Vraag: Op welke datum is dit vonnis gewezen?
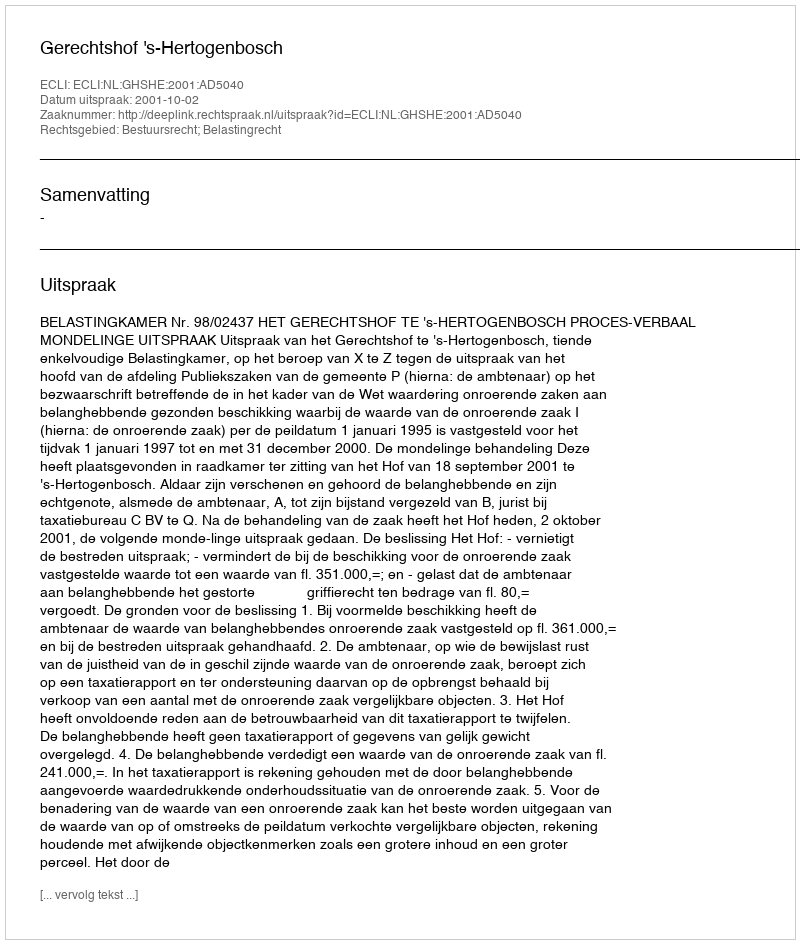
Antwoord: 2001-10-02